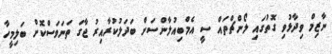
ނާޒިމް ވިދާޅުވި ގޮތުގައި ލޯންޗްތައް ސީ އެމްބިއުލާންސަށް ބަދަލުކުރާއިރު ޖާގަ ތަނަވަސްކޮށް ބަލިމީހާ